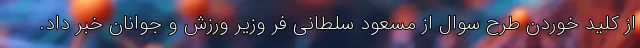
از کلید خوردن طرح سوال از مسعود سلطانی فر وزیر ورزش و جوانان خبر داد.